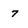
Character: 7